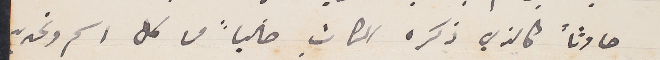
حادثاً كالذي ذكره الكاتب خالياً من كل اسم وتحديد